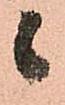
候